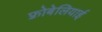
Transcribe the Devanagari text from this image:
फ़्रोबेलियाई